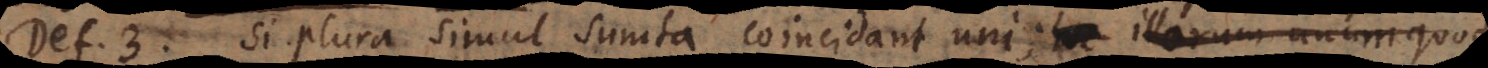
D. 3. Si plura simul sumta coincidant uni; illorum unumquodque